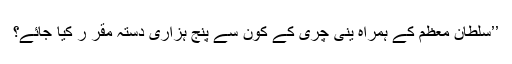
’’سلطان معظم کے ہمراہ ینی چری کے کون سے پنج ہزاری دستہ مقر ر کیا جائے؟